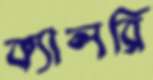
ক্যালরি